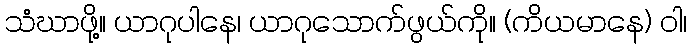
သံဃာဖို့။ ယာဂုပါနေ၊ ယာဂုသောက်ဖွယ်ကို။ (ကိယမာနေ) ဝါ၊